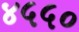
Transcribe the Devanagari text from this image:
४५५०